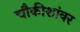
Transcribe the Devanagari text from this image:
चौकीशांवर